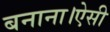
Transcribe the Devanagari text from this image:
बनाना।ऐसी